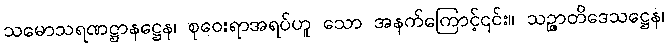
သမောသရဏဋ္ဌာနဋ္ဌေန၊ စုဝေးရာအရပ်ဟူ သော အနက်ကြောင့်၎င်း။ သဉ္ဇာတိဒေသဋ္ဌေန၊